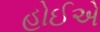
હોઈએ